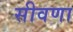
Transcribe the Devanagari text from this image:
सीवणा